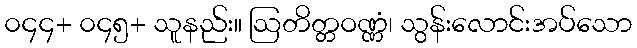
၀၄၄+ ၀၄၅+ သူနည်း။ ဩတိတ္တဝဏ္ဏံ၊ သွန်းလောင်းအပ်သော